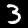
Digit: 3